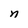
Character: n